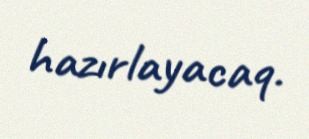
hazırlayacaq.